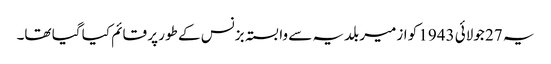
یہ 27 جولائی 1943 کو ازمیر بلدیہ سے وابستہ بزنس کے طور پر قائم کیا گیا تھا۔